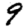
Digit: 9